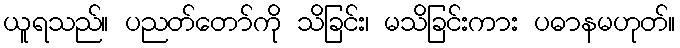
ယူရသည်။ ပညတ်တော်ကို သိခြင်း၊ မသိခြင်းကား ပဓာနမဟုတ်။